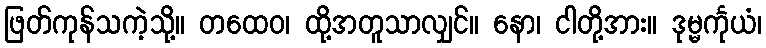
ဖြတ်ကုန်သကဲ့သို့။ တထေဝ၊ ထို့အတူသာလျှင်။ နော၊ ငါတို့အား။ ဒုမ္မင်္ကုယံ၊